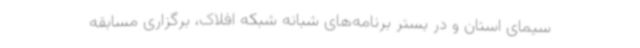
سیمای استان و در بستر برنامه‌های شبانه شبکه افلاک، برگزاری مسابقه